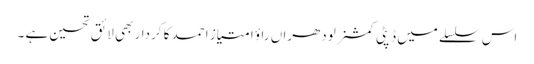
اس سلسلے میں ڈپٹی کمشنر لودھراں راؤ امتیاز احمد کا کردار بھی لائق تحسین ہے ۔